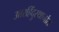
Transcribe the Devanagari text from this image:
उत्तरहिंदुस्थानांत